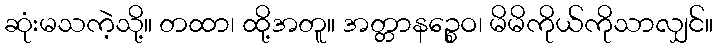
ဆုံးမသကဲ့သို့။ တထာ၊ ထို့အတူ။ အတ္တာနဉ္စေဝ၊ မိမိကိုယ်ကိုသာလျှင်။